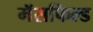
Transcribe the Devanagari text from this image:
मॅसफिल्ड